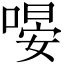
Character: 𠹵